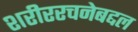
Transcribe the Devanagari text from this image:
शरीररचनेबद्दल